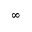
\infty